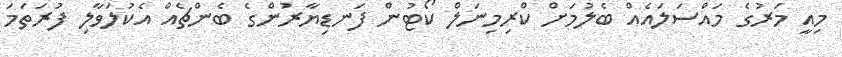
މިއީ މަރުގެ މައްސަލައެއް ބެލުމަށް ކްރިމިނަލް ކޯޓުން ފަނޑިޔާރުންގެ ބެންޗެއް އެކުލަވާލި ފުރަތަމަ